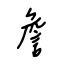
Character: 詹